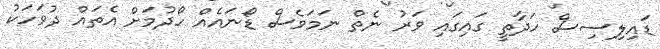
ޑައިލިސިސް ހަދާތީ ގައިގައި ވަރު ނެތް ނަަމަވެސް ޑޯނައެއް ހޯދުމަށް އެތައް ދުވަހަކު